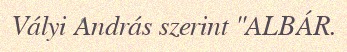
Vályi András szerint "ALBÁR.